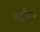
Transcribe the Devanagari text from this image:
पक्षीन्द्र